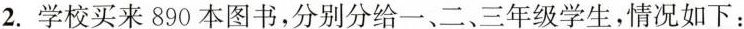
2.学校买来890本图书，分别分给一、二、三年级学生，情况如下：